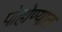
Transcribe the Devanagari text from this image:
पोहोण्यात